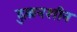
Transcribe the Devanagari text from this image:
दुकनशीन